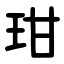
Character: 玵